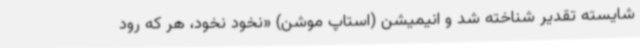
شایسته تقدیر شناخته شد و انیمیشن (استاپ موشن) «نخود نخود، هر که رود